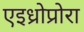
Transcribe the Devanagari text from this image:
एइध्रोप्रोरा